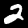
Label: 2